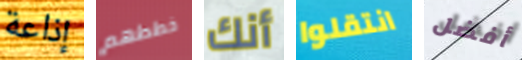
إذاعة خططهم أنك انتقلوا أفضل